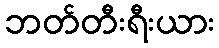
ဘတ်တီးရီးယား